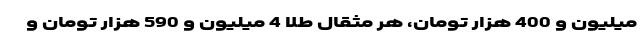
میلیون و 400 هزار تومان، هر مثقال طلا 4 میلیون و 590 هزار تومان و